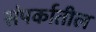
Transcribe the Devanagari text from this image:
संपर्कातील